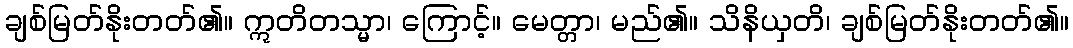
ချစ်မြတ်နိုးတတ်၏။ ဣတိတသ္မာ၊ ကြောင့်။ မေတ္တာ၊ မည်၏။ သိနိယှတိ၊ ချစ်မြတ်နိုးတတ်၏။